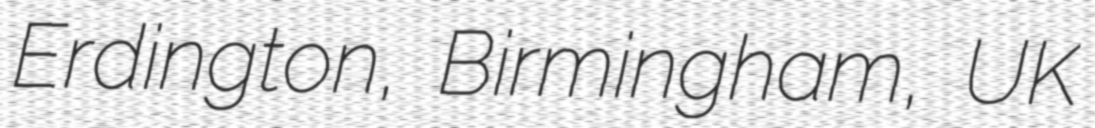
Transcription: Erdington, Birmingham, UK